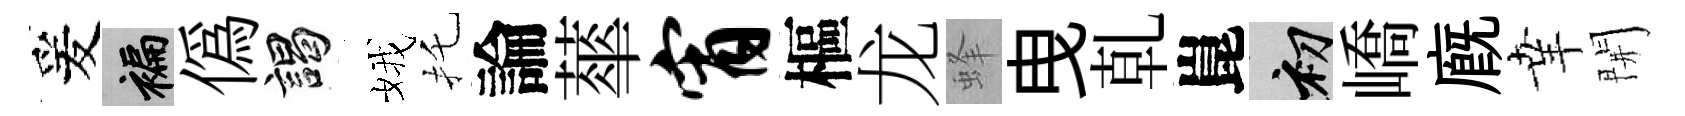
爰褊偽謁娥托論蕐宵樞龙蜂曳乹崑初嶠廐𦍒開